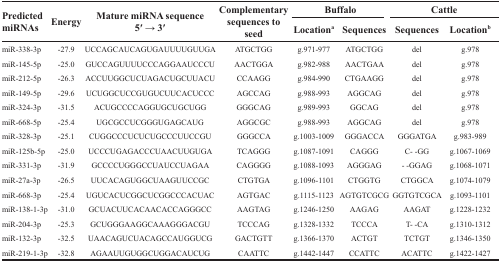
<table><thead><tr><td rowspan="2"><b>Predicted miRNAs</b></td><td rowspan="2"><b>Energy</b></td><td rowspan="2"><b>Mature miRNA sequence 5′ → 3′</b></td><td rowspan="2"><b>Complementary sequences to seed</b></td><td colspan="2"><b>Buffalo</b></td><td colspan="2"><b>Cattle</b></td></tr><tr><td><b>Location<sup>a</sup></b></td><td><b>Sequences</b></td><td><b>Sequences</b></td><td><b>Location<sup>b</sup></b></td></tr></thead><tbody><tr><td>miR-338-3p</td><td>−27.9</td><td>UCCAGCAUCAGUGAUUUUGUUGA</td><td>ATGCTGG</td><td>g.971-977</td><td>ATGCTGG</td><td>del</td><td>g.978</td></tr><tr><td>miR-145-5p</td><td>−25.0</td><td>GUCCAGUUUUCCCAGGAAUCCCU</td><td>AACTGGA</td><td>g.982-988</td><td>AACTGAA</td><td>del</td><td>g.978</td></tr><tr><td>miR-212-5p</td><td>−26.3</td><td>ACCUUGGCUCUAGACUGCUUACU</td><td>CCAAGG</td><td>g.984-990</td><td>CTGAAGG</td><td>del</td><td>g.978</td></tr><tr><td>miR-149-5p</td><td>−29.6</td><td>UCUGGCUCCGUGUCUUCACUCCC</td><td>AGCCAG</td><td>g.988-993</td><td>AGGCAG</td><td>del</td><td>g.978</td></tr><tr><td>miR-324-3p</td><td>−31.5</td><td>ACUGCCCCAGGUGCUGCUGG</td><td>GGGCAG</td><td>g.989-993</td><td>GGCAG</td><td>del</td><td>g.978</td></tr><tr><td>miR-668-5p</td><td>−25.4</td><td>UGCGCCUCGGGUGAGCAUG</td><td>AGGCGC</td><td>g.988-993</td><td>AGGCAG</td><td>del</td><td>g.978</td></tr><tr><td>miR-328-3p</td><td>−25.1</td><td>CUGGCCCUCUCUGCCCUUCCGU</td><td>GGGCCA</td><td>g.1003-1009</td><td>GGGACCA</td><td>GGGATGA</td><td>g.983-989</td></tr><tr><td>miR-125b-5p</td><td>−25.0</td><td>UCCCUGAGACCCUAACUUGUGA</td><td>TCAGGG</td><td>g.1087-1091</td><td>CAGGG</td><td>C- -GG</td><td>g.1067-1069</td></tr><tr><td>miR-331-3p</td><td>−31.9</td><td>GCCCCUGGGCCUAUCCUAGAA</td><td>CAGGGG</td><td>g.1088-1093</td><td>AGGGAG</td><td>- -GGAG</td><td>g.1068-1071</td></tr><tr><td>miR-27a-3p</td><td>−26.5</td><td>UUCACAGUGGCUAAGUUCCGC</td><td>CTGTGA</td><td>g.1096-1101</td><td>CTGGTG</td><td>CTGGCA</td><td>g.1074-1079</td></tr><tr><td>miR-668-3p</td><td>−25.4</td><td>UGUCACUCGGCUCGGCCCACUAC</td><td>AGTGAC</td><td>g.1115-1123</td><td>AGTGTCGCG</td><td>GGTGTCGCA</td><td>g.1093-1101</td></tr><tr><td>miR-138-1-3p</td><td>−31.0</td><td>GCUACUUCACAACACCAGGGCC</td><td>AAGTAG</td><td>g.1246-1250</td><td>AAGAG</td><td>AAGAT</td><td>g.1228-1232</td></tr><tr><td>miR-204-3p</td><td>−25.3</td><td>GCUGGGAAGGCAAAGGGACGU</td><td>TCCCAG</td><td>g.1328-1332</td><td>TCCCA</td><td>T- -CA</td><td>g.1310-1312</td></tr><tr><td>miR-132-3p</td><td>−32.5</td><td>UAACAGUCUACAGCCAUGGUCG</td><td>GACTGTT</td><td>g.1366-1370</td><td>ACTGT</td><td>TCTGT</td><td>g.1346-1350</td></tr><tr><td>miR-219-1-3p</td><td>−32.8</td><td>AGAAUUGUGGCUGGACAUCUG</td><td>CAATTC</td><td>g.1442-1447</td><td>CCATTC</td><td>ACATTC</td><td>g.1422-1427</td></tr></tbody></table>